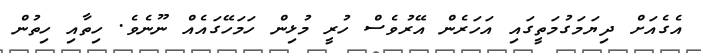
އެގެއަށް ދިޔަމަގުމަތީގައި އަހަރެން އޭރުވެސް ހުރީ މުޅިން ހަމަހޭގައެއް ނޫނެވެ. ހިތާއި ހިތުން